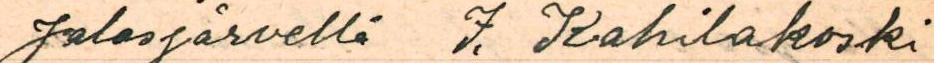
Jalasjärvellä I. Kahilakoski